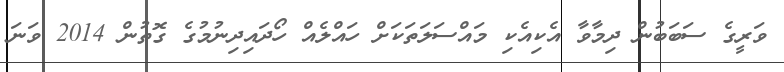
ވަރީގެ ސަބަބުން ދިމާވާ އެކިއެކި މައްސަލަތަކަށް ހައްލެއް ހޯދައިދިނުމުގެ ގޮތުން 2014 ވަނަ